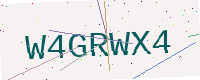
Text: W4GRWX4